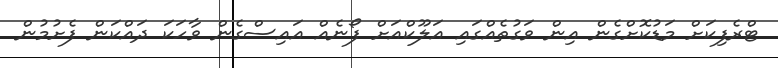
ޓްރެފިކަށް މަޑުކޮށްގެން އިން ވަގުތެއްގައި އަލޫކްއަށް ފޯނެއް އައިސްގެން ވާހަކަ ދައްކަން ފެށުމުން